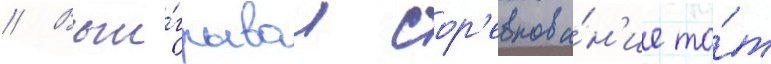
// Выи́грывал сор'евнова́н'ие то́т